Mental hospitals Bombay report 1921-28 - 1921-1928
Year: 1921
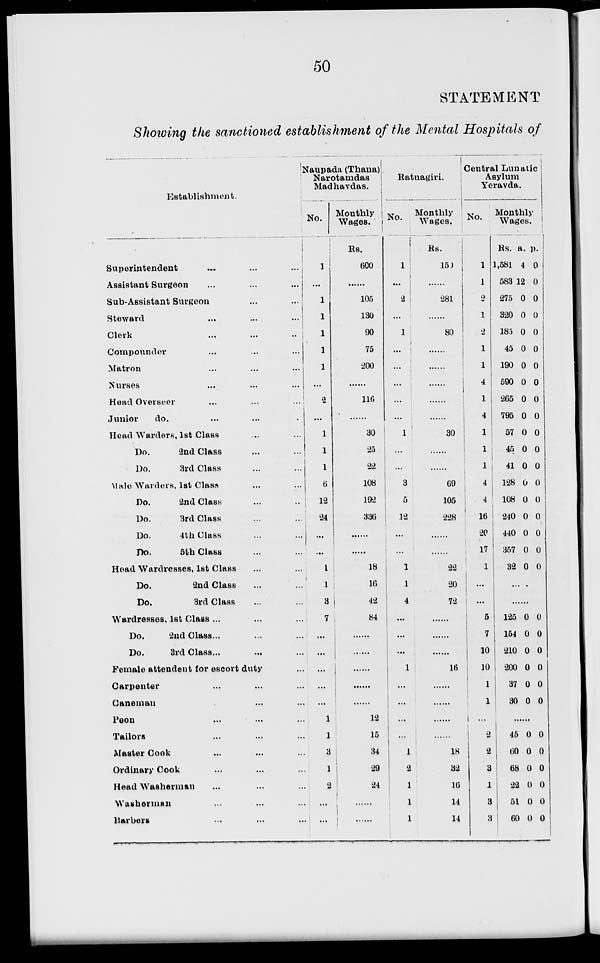
50
STATEMENT
Showing the sanctioned establishment of the Mental Hospitals of
Establishment.
Superintendent
...
...
...
Assistant Surgeon
...
...
...
Sub-Assistant Surgeon
...
...
Steward
...
...
...
Clerk
...
...
...
Compounder ... ... ...
Matron ... ... ...
Nurses ... ... ...
Head Overseer
...
...
...
Junior
do. ... ... ...
Head Warders, 1st Class ... ...
Do.
2nd Class ... ...
Do.
3rd Class ... ...
Male Warders, 1st Class ... ...
Do.
2nd Class ... ...
Do.
3rd Class ... ...
Do.
4th Class ... ...
Do.
5th Class ... ...
Head Wardresses, 1st Class ... ...
Do.
2nd Class ... ...
Do.
3rd Class ... ...
Wardresses, 1st Class ... ... ...
Do.
2nd Class ... ... ...
Do.
3rd Class . . . . . . ...
Female attendant for escort duty ...
Carpenter ... ... ...
Caneman ... ...
Peon ... ... ...
Tailors ... ... ...
Master Cook ... ... ...
Ordinary Cook ... ... ...
Head Washerman ... ... ...
Washerman ... ... ...
Harbers ... ... ...
Naupada (Thana)
Narotamdas
Madhavdas.
No.
1
...
1
1
1
1
1
...
2
...
1
1
1
6
12
24
...
...
1
1
3
7
...
...
...
...
...
1
1
3
1
2
...
...
Monthly
Wages.
Rs.
600
......
105
130
90
75
200
......
116
......
30
25
22
108
192
336
......
.
18
16
42
84
......
......
......
12
15
34
29
24
......
Ratnagiri.
No.
1
...
2
...
1
...
...
...
...
...
1
...
...
3
5
12
...
...
1
1
4
...
...
...
1
...
...
...
...
1
2
1
1
1
Monthly
Wages.
Rs.
150
......
281
......
80
......
......
......
......
30
......
......
69
105
228
......
......
22
20
72
......
......
......
16
......
......
......
......
18
32
16
14
14
Central Lunatic
Asylum
Yeravda.
No.
1
1
2
1
2
1
1
4
1
4
1
1
1
4
4
16
20
17
1
...
...
5
7
10
10
1
1
...
2
2
3
1
3
3
Monthly
Wages.
Rs.
1,581
583
275
320
185
45
190
590
265
795
57
45
41
128
108
240
440
357
32
a.
4
12
0
0
0
0
0
0
0
0
0
0
0
0
0
0
0
0
0
p.
0
0
0
0
0
0
0
0
0
0
0
0
0
0
0
0
0
0
0
......
......
125
154
210
200
37
30
0
0
0
0
0
0
0
0
0
0
0
0
......
45
60
68
22
51
60
0
0
0
0
0
0
0
0
0
0
0
0